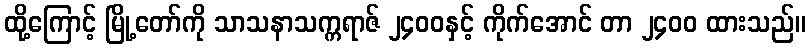
ထို့ကြောင့် မြို့တော်ကို သာသနာသက္ကရာဇ် ၂၄၀၀နှင့် ကိုက်အောင် တာ ၂၄၀၀ ထားသည်။